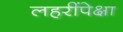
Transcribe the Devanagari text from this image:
लहरींपेक्षा